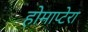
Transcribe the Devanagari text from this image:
होमाप्टेरा